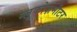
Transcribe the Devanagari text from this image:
ग्लूकोज़मीटर